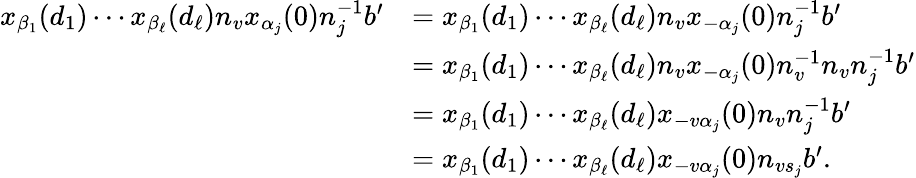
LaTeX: \begin{array}{rl}{x_{\beta_{1}}(d_{1})\cdots x_{\beta_{\ell}}(d_{\ell})n_{v}x_{\alpha_{j}}(0)n_{j}^{-1}b^{\prime}}&{=x_{\beta_{1}}(d_{1})\cdots x_{\beta_{\ell}}(d_{\ell})n_{v}x_{-\alpha_{j}}(0)n_{j}^{-1}b^{\prime}}\\ &{=x_{\beta_{1}}(d_{1})\cdots x_{\beta_{\ell}}(d_{\ell})n_{v}x_{-\alpha_{j}}(0)n_{v}^{-1}n_{v}n_{j}^{-1}b^{\prime}}\\ &{=x_{\beta_{1}}(d_{1})\cdots x_{\beta_{\ell}}(d_{\ell})x_{-v\alpha_{j}}(0)n_{v}n_{j}^{-1}b^{\prime}}\\ &{=x_{\beta_{1}}(d_{1})\cdots x_{\beta_{\ell}}(d_{\ell})x_{-v\alpha_{j}}(0)n_{vs_{j}}b^{\prime}.}\end{array}